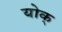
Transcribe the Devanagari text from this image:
योक्